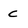
Character: c